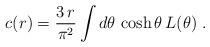
LaTeX: \begin{align*}c(r)=\frac{3\,r}{\pi ^{2}}\int d\theta \,\cosh \theta \,L(\theta )\;.\end{align*}